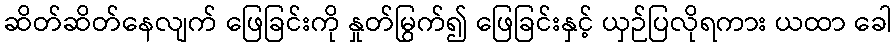
ဆိတ်ဆိတ်နေလျက် ဖြေခြင်းကို နှုတ်မြွက်၍ ဖြေခြင်းနှင့် ယှဉ်ပြလိုရကား ယထာ ခေါ